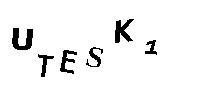
UTESK1